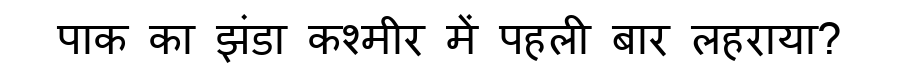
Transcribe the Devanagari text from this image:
पाक का झंडा कश्मीर में पहली बार लहराया?